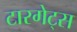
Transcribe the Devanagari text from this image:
टारगेट्स